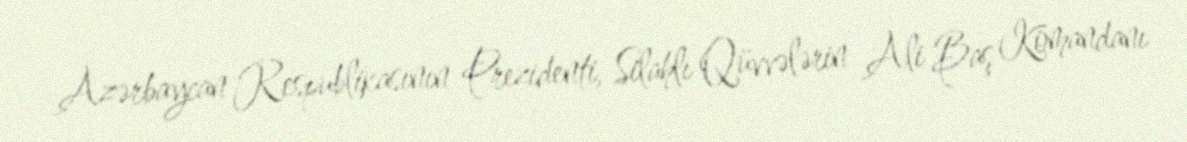
Azərbaycan Respublikasının Prezidenti, Silahlı Qüvvələrin Ali Baş Komandanı